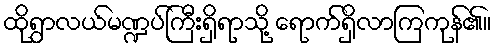
ထိုရွာလယ်မဏ္ဍပ်ကြီးရှိရာသို့ ရောက်ရှိလာကြကုန်၏။